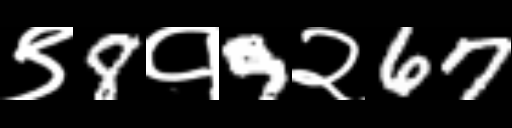
Text: ९8१9२67